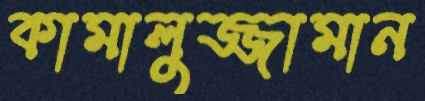
কামালুজ্জামান